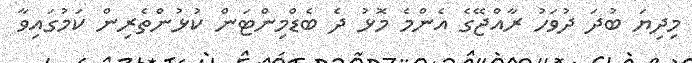
މިދިޔަ ބުދަ ދުވަހު ރާއްޖޭގެ އެންމެ މޮޅު ދެ ބެޑްމިންޓަން ކުޅުންތެރިން ކަމުގައިވާ